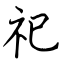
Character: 祀